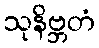
သုနိဗ္ဘတံ